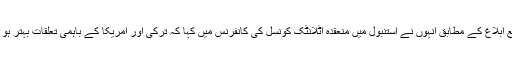
عالمی ذرائع ابلاغ کے مطابق انہوں نے استنبول میں منعقدہ اٹلانٹک کونسل کی کانفرنس میں کہا کہ ترکی اور امریکا کے باہمی تعلقات بہتر ہو جائیں گے۔